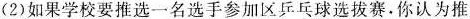
(2) 如果学校要推选一名选手参加区乒乓球选拔赛。你认为推